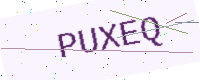
Text: PUXEQ